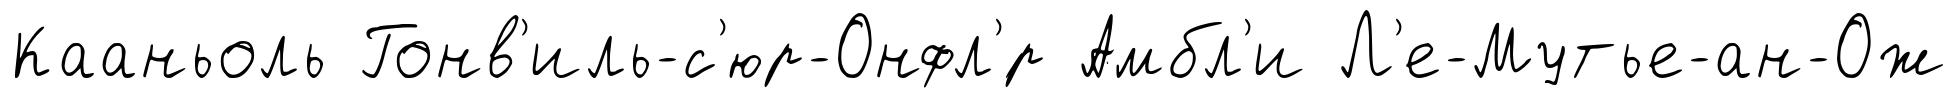
Кааньоль Гонв'иль-с'юр-Онфл'́р Амбл'и Л'е-Мутье-ан-Ож